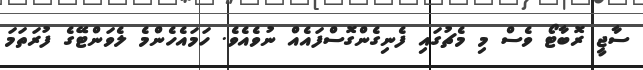
ސާޖީ ރޮބާޓޯ ވެސް މި މެޗުގައި ފެނިގެންގޮސްފައެއް ނުވެއެވެ. ހަމައެހެންމެ ލެވަންޓޭގެ ފުރަތަމަ